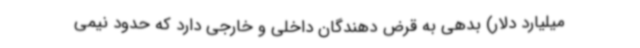
میلیارد دلار) بدهی به قرض دهندگان داخلی و خارجی دارد که حدود نیمی